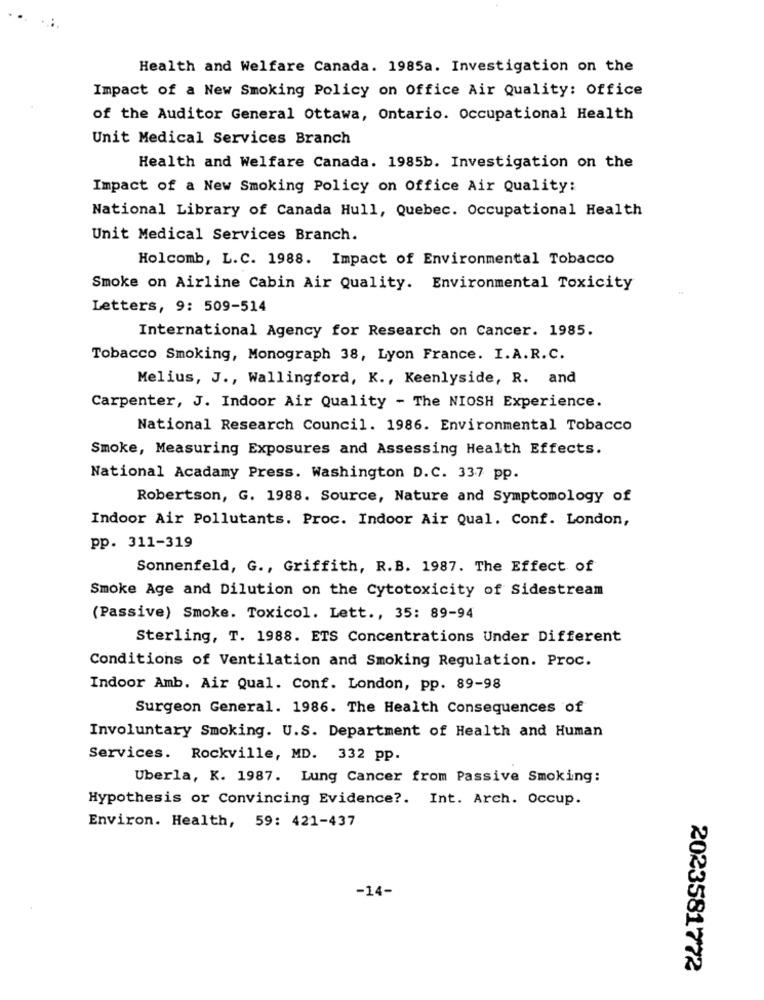
Health and Welfare Canada. 1985a. Investigation on the
Impact of a New Smoking Policy on Office Air Quality: Office
of the Auditor General Ottawa, Ontario. Occupational Health
Unit Medical Services Branch
Health and Welfare Canada. 1985b. Investigation on the
Impact of a New Smoking Policy on Office Air Quality:
National Library of Canada Hull, Quebec. Occupational Health
Unit Medical Services Branch.
Holcomb, L.C. 1988. Impact of Environmental Tobacco
Smoke on Airline Cabin Air Quality. Environmental Toxicity
Letters, 9: 509-514
International Agency for Research on Cancer. 1985.
Tobacco Smoking, Monograph 38, Lyon France. I.A.R.C.
Melius, J ., Wallingford, K ., Keenlyside, R. and
Carpenter, J. Indoor Air Quality - The NIOSH Experience.
National Research Council. 1986. Environmental Tobacco
Smoke, Measuring Exposures and Assessing Health Effects.
National Acadamy Press. Washington D.C. 337 pp.
Robertson, G. 1988. Source, Nature and Symptomology of
Indoor Air Pollutants. Proc. Indoor Air Qual. Conf. London,
pp. 311-319
Sonnenfeld, G ., Griffith, R.B. 1987. The Effect of
Smoke Age and Dilution on the Cytotoxicity of Sidestream
(Passive) Smoke. Toxicol. Lett ., 35: 89-94
Sterling, T. 1988. ETS Concentrations Under Different
Conditions of Ventilation and Smoking Regulation. Proc.
Indoor Amb. Air Qual. Conf. London, pp. 89-98
Surgeon General. 1986. The Health Consequences of
Involuntary Smoking. U.S. Department of Health and Human
Services. Rockville, MD. 332 pp.
Uberla, K. 1987. Lung Cancer from Passive Smoking:
Hypothesis or Convincing Evidence ?. Int. Arch. Occup.
Environ. Health, 59: 421-437
-14-
2023581772